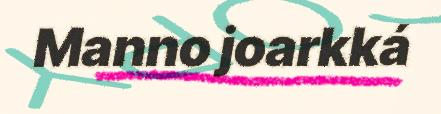
Manno joarkká